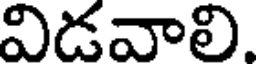
విడవాలి.